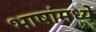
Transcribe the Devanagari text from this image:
भाषांमध्‍ये